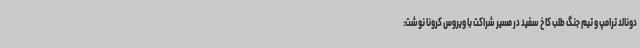
دونالد ترامپ و تیم جنگ طلب کاخ سفید در مسیر شراکت با ویروس کرونا نوشت: